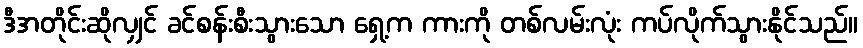
ဒီအတိုင်းဆိုလျှင် ခင်စန်းစီးသွားသော ရှေ့က ကားကို တစ်လမ်းလုံး ကပ်လိုက်သွားနိုင်သည်။